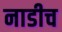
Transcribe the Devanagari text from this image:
नाडीच